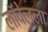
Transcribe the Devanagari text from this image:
लॉवेलला